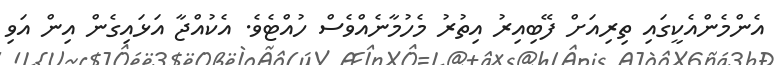
އެންމެންއެކީގައި ތިރިއަށް ފޭބިއިރު އިތުރު މެހުމާނެއްވެސް ހުއްޓެވެ. އެކުއްޖާ އަޅައިގެން އިން އަވި